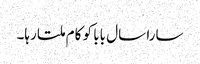
سارا سال بابا کو کام ملتا رہا۔